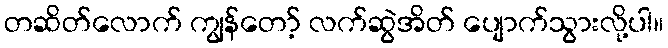
တဆိတ်လောက် ကျွန်တော့် လက်ဆွဲအိတ် ပျောက်သွားလို့ပါ။